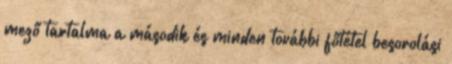
mező tartalma a második és minden további főtétel besorolási